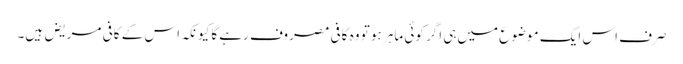
صرف اس ایک موضوع میں‌ہی اگر کوئی ماہر ہو تو وہ کافی مصروف رہے گا کیونکہ اس کے کافی مریض ہیں۔